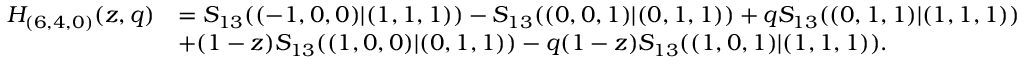
\begin{array} { r l } { H _ { ( 6 , 4 , 0 ) } ( z , q ) } & { = S _ { 1 3 } ( ( - 1 , 0 , 0 ) | ( 1 , 1 , 1 ) ) - S _ { 1 3 } ( ( 0 , 0 , 1 ) | ( 0 , 1 , 1 ) ) + q S _ { 1 3 } ( ( 0 , 1 , 1 ) | ( 1 , 1 , 1 ) ) } \\ & { + ( 1 - z ) S _ { 1 3 } ( ( 1 , 0 , 0 ) | ( 0 , 1 , 1 ) ) - q ( 1 - z ) S _ { 1 3 } ( ( 1 , 0 , 1 ) | ( 1 , 1 , 1 ) ) . } \end{array}